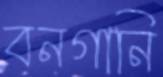
বনগানি